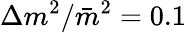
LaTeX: \Delta m^{2}/\bar{m}^{2}=0.1